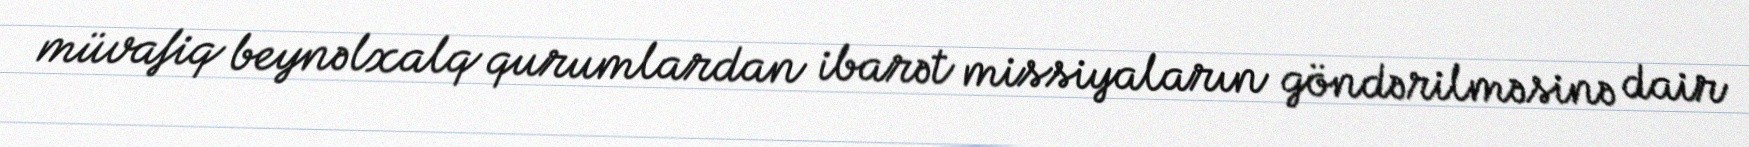
müvafiq beynəlxalq qurumlardan ibarət missiyaların göndərilməsinə dair